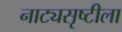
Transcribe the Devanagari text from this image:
नाट्यसृष्टीला